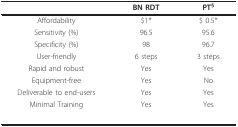
<table><thead><tr><td></td><td><b>BN RDT</b></td><td><b>PT<sup>§</sup></b></td></tr></thead><tbody><tr><td>Affordability</td><td>$1*</td><td>$ 0.5*</td></tr><tr><td>Sensitivity (%)</td><td>96.5</td><td>95.6</td></tr><tr><td>Specificity (%)</td><td>98</td><td>96.7</td></tr><tr><td>User-friendly</td><td>6 steps</td><td>3 steps</td></tr><tr><td>Rapid and robust</td><td>Yes</td><td>Yes</td></tr><tr><td>Equipment-free</td><td>Yes</td><td>No</td></tr><tr><td>Deliverable to end-users</td><td>Yes</td><td>Yes</td></tr><tr><td>Minimal Training</td><td>Yes</td><td>Yes</td></tr></tbody></table>